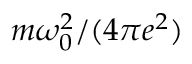
m \omega _ { 0 } ^ { 2 } / ( 4 \pi e ^ { 2 } )